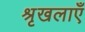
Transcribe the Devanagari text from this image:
श्रृखलाएँ